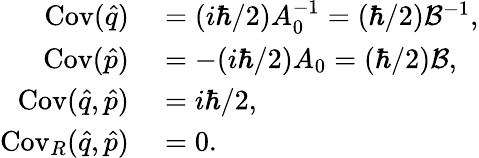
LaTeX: \begin{array}{rl}{\operatorname{Cov}(\hat{q})}&{{}=(i\hbar/2)A_{0}^{-1}=(\hbar/2)\mathcal{B}^{-1},}\\ {\operatorname{Cov}(\hat{p})}&{{}=-(i\hbar/2)A_{0}=(\hbar/2)\mathcal{B},}\\ {\operatorname{Cov}(\hat{q},\hat{p})}&{{}=i\hbar/2,}\\ {\operatorname{Cov}_{R}(\hat{q},\hat{p})}&{{}=0.}\end{array}